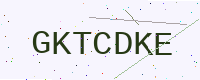
Text: GKTCDKE